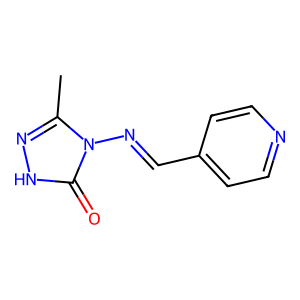
SMILES: Cc1n[nH]c(=O)n1N=Cc1ccncc1
Inhibits HIV replication: No